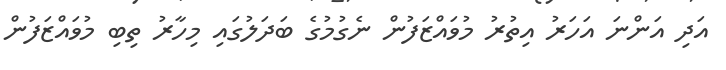
އަދި އަންނަ އަހަރު އިތުރު މުވައްޒަފުން ނެގުމުގެ ބަދަލުގައި މިހާރު ތިބި މުވައްޒަފުން